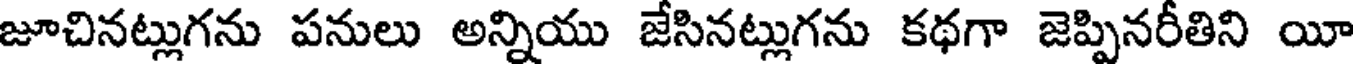
జూచినట్లుగను పనులు అన్నియు జేసినట్లుగను కథగా జెప్పినరీతిని యీ